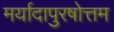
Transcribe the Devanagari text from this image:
मर्यादापुरषोत्तम